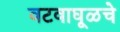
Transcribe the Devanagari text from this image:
वटवाघूळचे